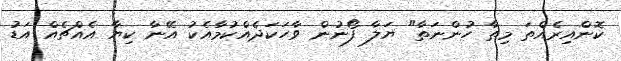
ކޮންއިރެއްތަ މިތާ ހުންނަތާ" ޔަލާ ފޯނުން ވާހަކަދެއްކުމާއެކު އޭނާ ކިޔާ އެއްޗެއް އަޑު